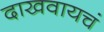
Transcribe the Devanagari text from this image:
दाखवायचं